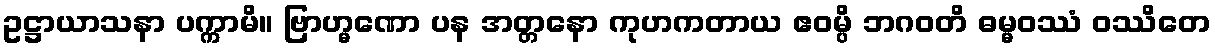
ဥဋ္ဌာယာသနာ ပက္ကာမိ။ ဗြာဟ္မဏော ပန အတ္တနော ကုဟကတာယ ဧဝမ္ပိ ဘဂဝတိ ဓမ္မဝဿံ ဝဿိတေ